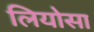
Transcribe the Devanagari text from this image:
लियोसा